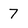
Character: 7